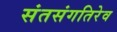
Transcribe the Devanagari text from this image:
संतसंगतिरेव